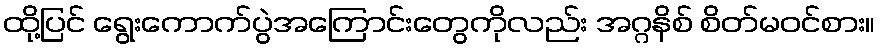
ထို့ပြင် ရွေးကောက်ပွဲအကြောင်းတွေကိုလည်း အဂ္ဂနိစ် စိတ်မဝင်စား။